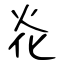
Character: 炛